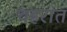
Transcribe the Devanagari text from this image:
थहरांत